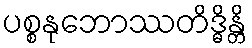
ပစ္စနုဘောဿတိဒ္ဓိန္တိ